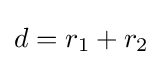
d=r_{1}+r_{2}